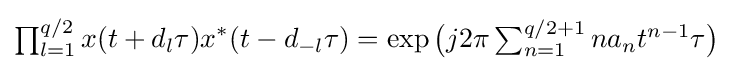
\textstyle \prod _{l=1}^{q/2}\displaystyle x(t+d_{l}\tau )x^{*}(t-d_{-l}\tau )=\exp {\big (}j2\pi \textstyle \sum _{n=1}^{q/2+1}na_{n}t^{n-1}\tau \displaystyle {\big )}